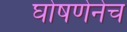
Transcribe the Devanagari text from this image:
घोषणेनेच